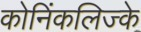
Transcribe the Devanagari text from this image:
कोनिंकलिज्के